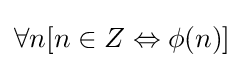
\forall n[n\in Z\Leftrightarrow \phi (n)]